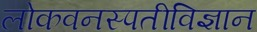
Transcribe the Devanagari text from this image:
लोकवनस्पतीविज्ञान